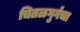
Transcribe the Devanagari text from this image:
चितळगुर्गचा